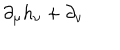
LaTeX: \partial _ { \mu } h _ { \nu } + \partial _ { \nu }